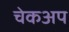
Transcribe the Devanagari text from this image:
चेकअप